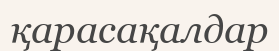
қарасақалдар